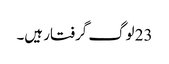
23 لوگ گرفتار ہیں۔